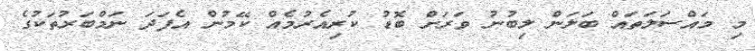
މި މައްސަލަތައް ބަލަން ލިބުނު ވަރަށް ބޮޑު ކުރިއެރުމެއް ކޭމުން އެފަދަ ނަމްބަރުތަކުގެ